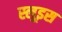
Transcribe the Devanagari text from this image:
स्लूइस